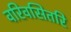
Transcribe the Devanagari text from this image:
वरिवसितरि